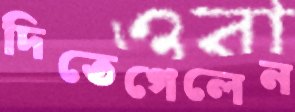
দিতেগেলেন